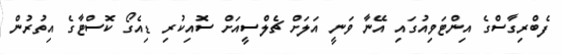
ފެބްރިގާސްގެ އިންޓަވިއުގައި އޭނާ ވަނީ އަލަށް ޗެލްސީއަށް ސޮއިކުރި ޑިއެގޯ ކޮސްޓާގެ އިތުރުން